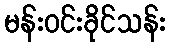
မန်းဝင်းခိုင်သန်း